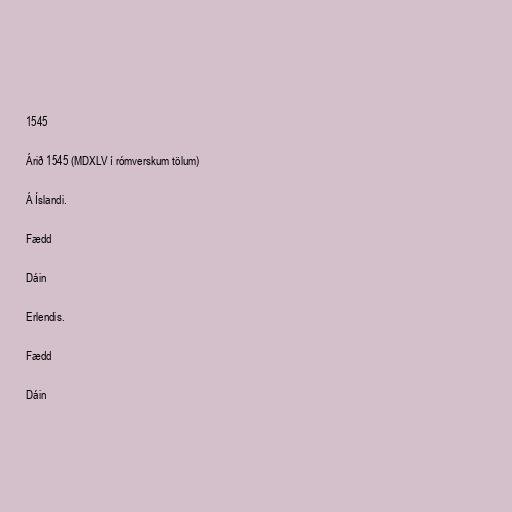
1545

Árið 1545 (MDXLV í rómverskum tölum)

Á Íslandi.

Fædd

Dáin

Erlendis.

Fædd

Dáin